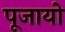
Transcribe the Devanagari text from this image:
पूजायो